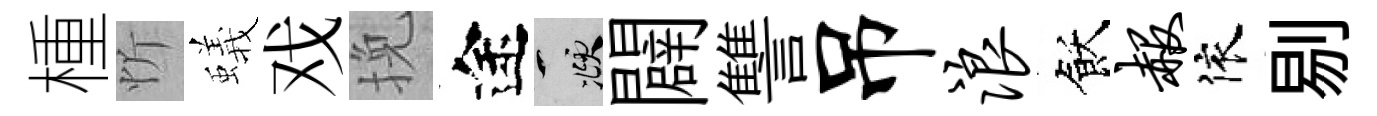
㮔忻蟻戏挽途頫闢讐吊浪飫赧依剔